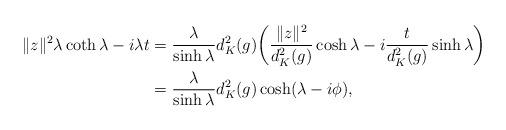
LaTeX: \begin{align*}\|z\|^2\lambda\coth\lambda-i\lambda t &={\lambda\over \sinh\lambda}d_K^2(g)\bigg({\|z\|^2\over d_K^2(g)}\cosh\lambda-i{t\over d_K^2(g)}\sinh\lambda\bigg)\\&={\lambda\over \sinh\lambda}d_K^2(g)\cosh(\lambda-i\phi),\end{align*}